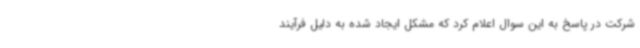
شرکت در پاسخ به این سوال اعلام کرد که مشکل ایجاد شده به دلیل فرآیند